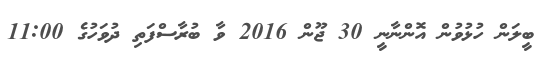
ބީލަން ހުޅުވުން އޮންނާނީ 30 ޖޫން 2016 ވާ ބުރާސްފަތި ދުވަހުގެ 11:00